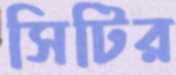
সিটির